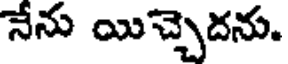
నేను యిచ్చెదను.